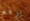
يرفع